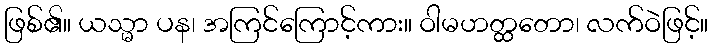
ဖြစ်၏။ ယသ္မာ ပန၊ အကြင်ကြောင့်ကား။ ဝါမဟတ္ထတော၊ လက်ဝဲဖြင့်။